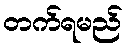
တက်ရမည်